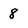
Character: 8